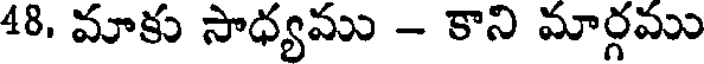
48. మాకు సాధ్యము - కాని మార్గము